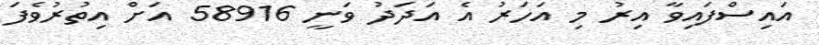
އައިސްފައިވާ އިރު މި އަހަރު އެ އަދަދު ވަނީ 58916 އަށް އިތުރުވެފަ